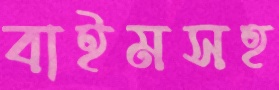
বাইমসহ